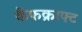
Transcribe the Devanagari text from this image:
कैंफक्राफ्ट